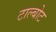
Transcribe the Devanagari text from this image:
टाल्बोट